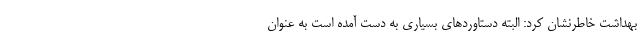
بهداشت خاطرنشان کرد: البته دستاوردهای بسیاری به دست آمده است به عنوان